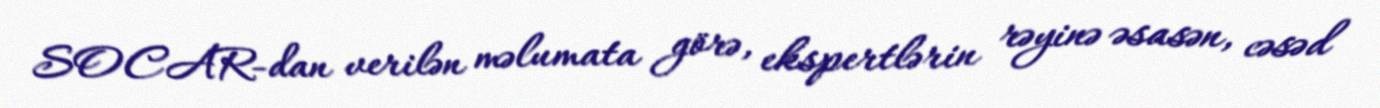
SOCAR-dan verilən məlumata görə, ekspertlərin rəyinə əsasən, cəsəd